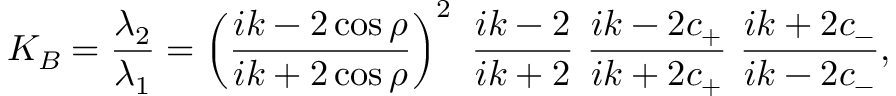
K _ { B } = \frac { \lambda _ { 2 } } { \lambda _ { 1 } } = \left( \frac { i k - 2 \cos \rho } { i k + 2 \cos \rho } \right) ^ { 2 } \ \frac { i k - 2 } { i k + 2 } \ \frac { i k - 2 c _ { + } } { i k + 2 c _ { + } } \ \frac { i k + 2 c _ { - } } { i k - 2 c _ { - } } ,